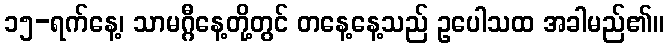
၁၅-ရက်နေ့၊ သာမဂ္ဂီနေ့တို့တွင် တနေ့နေ့သည် ဥပေါသထ အခါမည်၏။